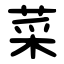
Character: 菜